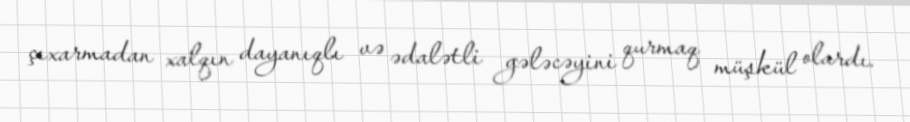
çıxarmadan xalqın dayanıqlı və ədalətli gələcəyini qurmaq müşkül olardı.